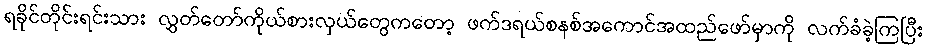
ရခိုင်တိုင်းရင်းသား လွှတ်တော်ကိုယ်စားလှယ်တွေကတော့ ဖက်ဒရယ်စနစ်အကောင်အထည်ဖော်မှာကို လက်ခံခဲ့ကြပြီး